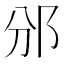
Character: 邠